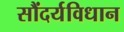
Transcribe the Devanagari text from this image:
सौंदर्यविधान